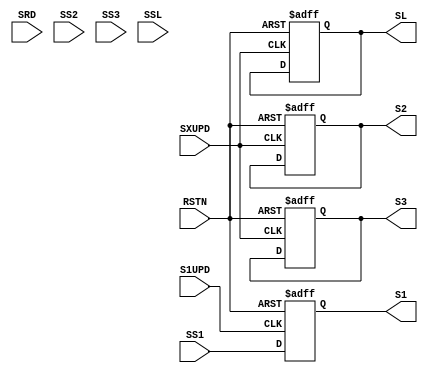
`timescale 1ns/1ns
`define UDLY #2

module SFLG(
                //inputs
                RSTN,
                SRD,
                SS1,
                SS2,
                SS3,
                SSL,
                S1UPD,
                SXUPD,
                
                //outputs
                S1,
                S2,
                S3,
                SL
            );
            
    //inputs
    input             RSTN;
    input             SRD;
    input             SS1;
    input             SS2;
    input             SS3;
    input             SSL;
    input             S1UPD;
    input             SXUPD;
    
    //outputs
    output            S1;
    output            S2;
    output            S3;
    output            SL;
    
    
    //regs
    reg               S1;   
    reg               S2;   
    reg               S3;   
    reg               SL;    
    
    always @(posedge S1UPD or negedge RSTN)
    begin
        if(!RSTN)
            S1<=`UDLY 1'b0;
        else
            S1<=`UDLY SS1;       
    end
    
    
    always @(posedge SXUPD or negedge RSTN)
    begin
        if(!RSTN)
            S2<=`UDLY 1'b0;
        else
            S2<=`UDLY S2;        
    end
    
    
    always @(posedge SXUPD or negedge RSTN)
    begin
        if(!RSTN)
            S3<=`UDLY 1'b0;
        else
            S3<=`UDLY S3;        
    end
    
    always @(posedge SXUPD or negedge RSTN)
    begin
        if(!RSTN)
            SL<=`UDLY 1'b0;
        else
            SL<=`UDLY SL;        
    end
    
endmodule